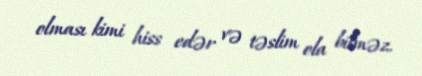
olması kimi hiss edər və təslim ola bilməz.